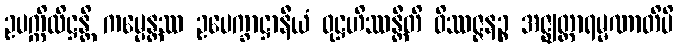
ဥပက္ကိလိဋ္ဌန္တိ ကမ္ပေန္တဿ ဥပေက္ခာဋ္ဌာနီယံ ဝုဋ္ဌဟိဿန္တီတိ ဝိဿဇ္ဇနဉ္စ အဇ္ဈတ္တာရမ္မဏာတိပိ